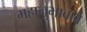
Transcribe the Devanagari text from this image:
महानुभावावे